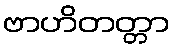
ဗာဟိတတ္တာ